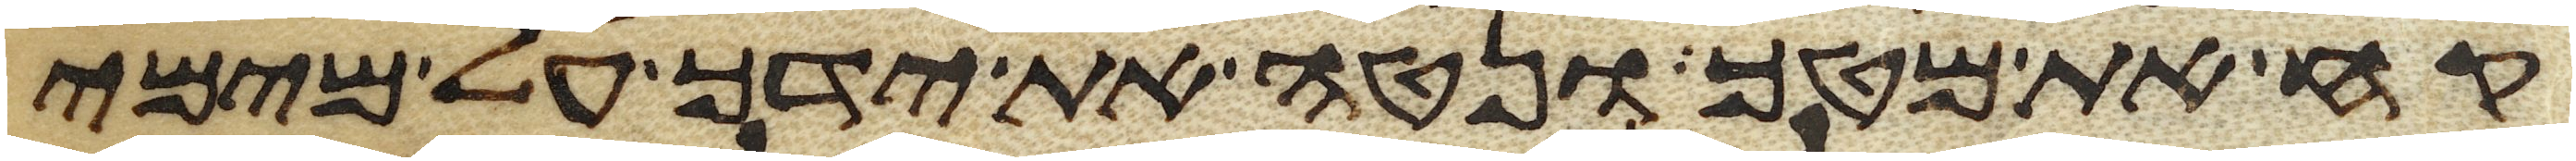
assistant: קח את מטך ונטה את ידך על מימי